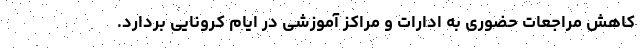
کاهش مراجعات حضوری به ادارات و مراکز آموزشی در ایام کرونایی بردارد.